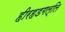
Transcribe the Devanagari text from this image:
हीरहडगल्लि